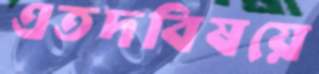
এতদবিষয়ে